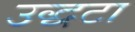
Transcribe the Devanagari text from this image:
उद्धटा